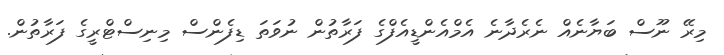
މިރޭ ނޫސް ބަޔާނެއް ނެރެދާނެ އެމްއެންޑީއެފްގެ ފަރާތުން ނުވަތަ ޑިފެންސް މިނިސްޓްރީގެ ފަރާތުން.